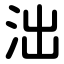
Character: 泏